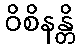
ဝိစိနန္တိ